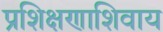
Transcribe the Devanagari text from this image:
प्रशिक्षणाशिवाय